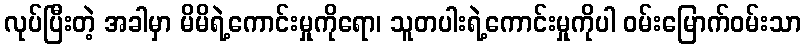
လုပ်ပြီးတဲ့ အခါမှာ မိမိရဲ့ကောင်းမှုကိုရော၊ သူတပါးရဲ့ကောင်းမှုကိုပါ ဝမ်းမြောက်ဝမ်းသာ